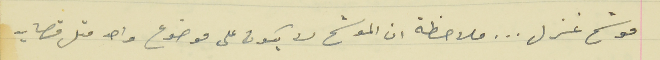
موشح غزل . . . ملاحظة ان الموشح لا يكون على موضوع واحد مثل قصايد